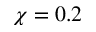
\chi = 0 . 2